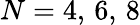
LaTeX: N=4,\, 6,\, 8